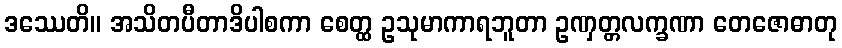
ဒဿေတိ။ အသိတပီတာဒိပါစကာ စေတ္ထ ဥသုမာကာရဘူတာ ဥဏှတ္တလက္ခဏာ တေဇောဓာတု